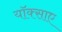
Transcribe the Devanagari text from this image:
यॉक्साए